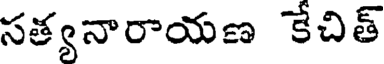
సత్యనారాయణ కేచిత్